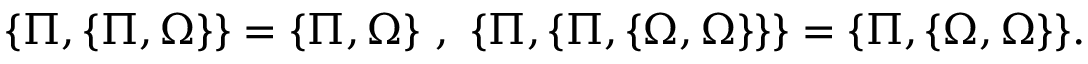
\{ \Pi , \{ \Pi , \Omega \} \} = \{ \Pi , \Omega \} ~ , ~ \{ \Pi , \{ \Pi , \{ \Omega , \Omega \} \} \} = \{ \Pi , \{ \Omega , \Omega \} \} .